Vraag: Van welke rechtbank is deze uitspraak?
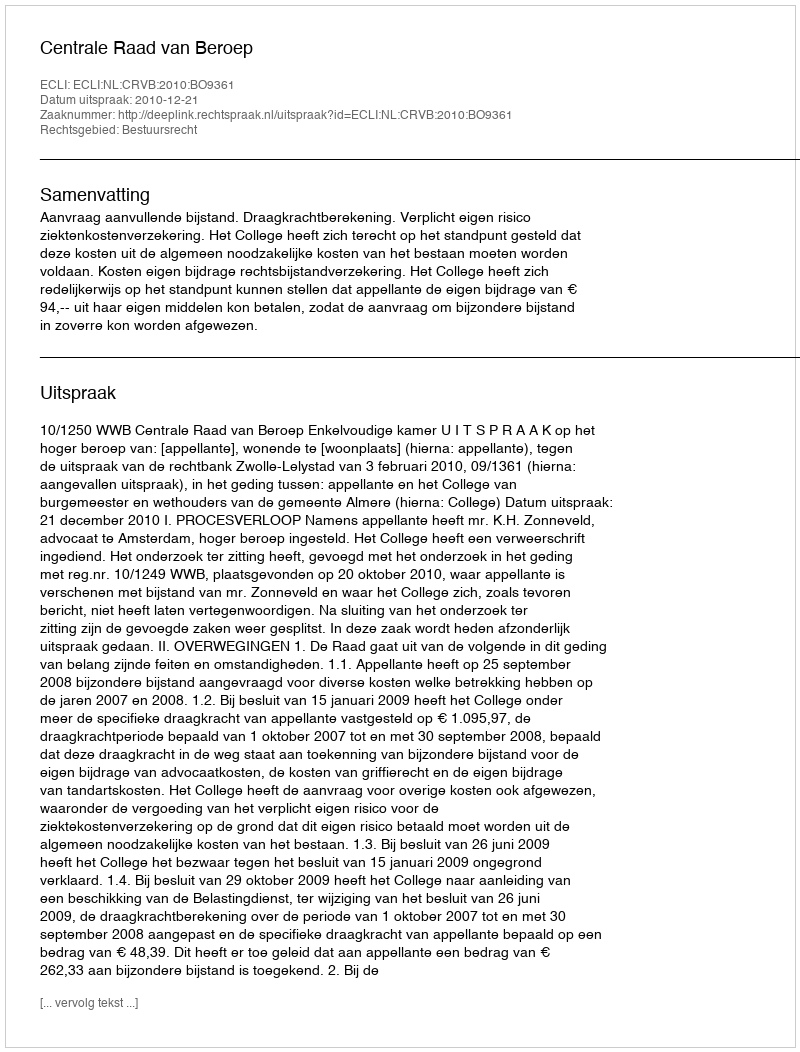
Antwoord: Centrale Raad van Beroep